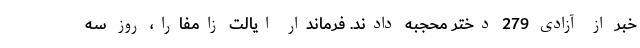
خبر از آزادی 279 دختر محجبه دادند. فرماندار ایالت زامفارا، روز سه